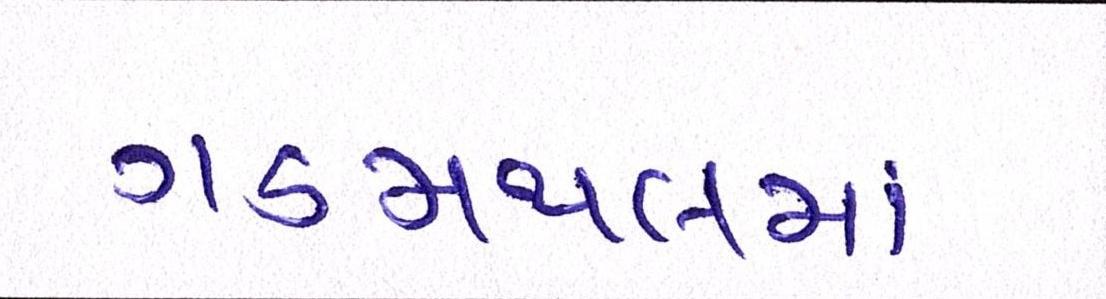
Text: ગડમથલમાં